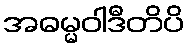
အဓမ္မဝါဒီတိပိ